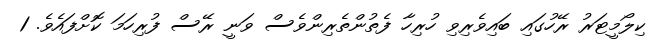
ކިލޯމީޓަރު ރޭހުގައި ބައިވެރިވި ހުރިހާ ފެތުންތެރިންވެސް ވަނީ ރޭސް ފުރިހަމަ ކޮށްފައެވެ. 1